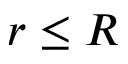
r \leq R